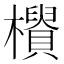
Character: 𣟨